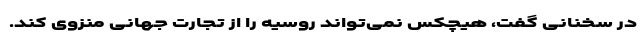
در سخنانی گفت، هیچکس نمی‌تواند روسیه را از تجارت جهانی منزوی کند.